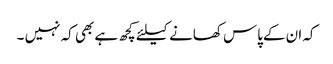
کہ ان کےپاس کھانے کیلئے کچھ ہے بھی کہ نہیں ۔